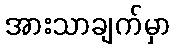
အားသာချက်မှာ